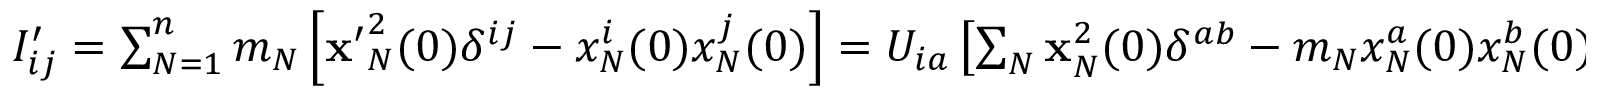
\begin{array} { r } { I _ { i j } ^ { \prime } = \sum _ { N = 1 } ^ { n } m _ { N } \left[ { \bf x ^ { \prime } } _ { N } ^ { 2 } ( 0 ) \delta ^ { i j } - x _ { N } ^ { i } ( 0 ) x _ { N } ^ { j } ( 0 ) \right] = U _ { i a } \left[ \sum _ { N } { \bf x } _ { N } ^ { 2 } ( 0 ) \delta ^ { a b } - m _ { N } x _ { N } ^ { a } ( 0 ) x _ { N } ^ { b } ( 0 ) \right] U _ { j b } = U _ { i a } I _ { a b } U _ { j b } , \quad \mathrm { ~ o ~ r ~ } \quad I ^ { \prime } = U I U ^ { T } . \quad } \end{array}